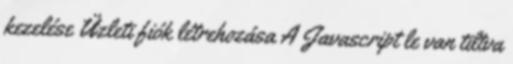
kezelése Üzleti fiók létrehozása A Javascript le van tiltva